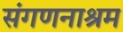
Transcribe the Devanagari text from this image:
संगणनाश्रम